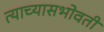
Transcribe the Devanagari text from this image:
त्याच्यासभोवती